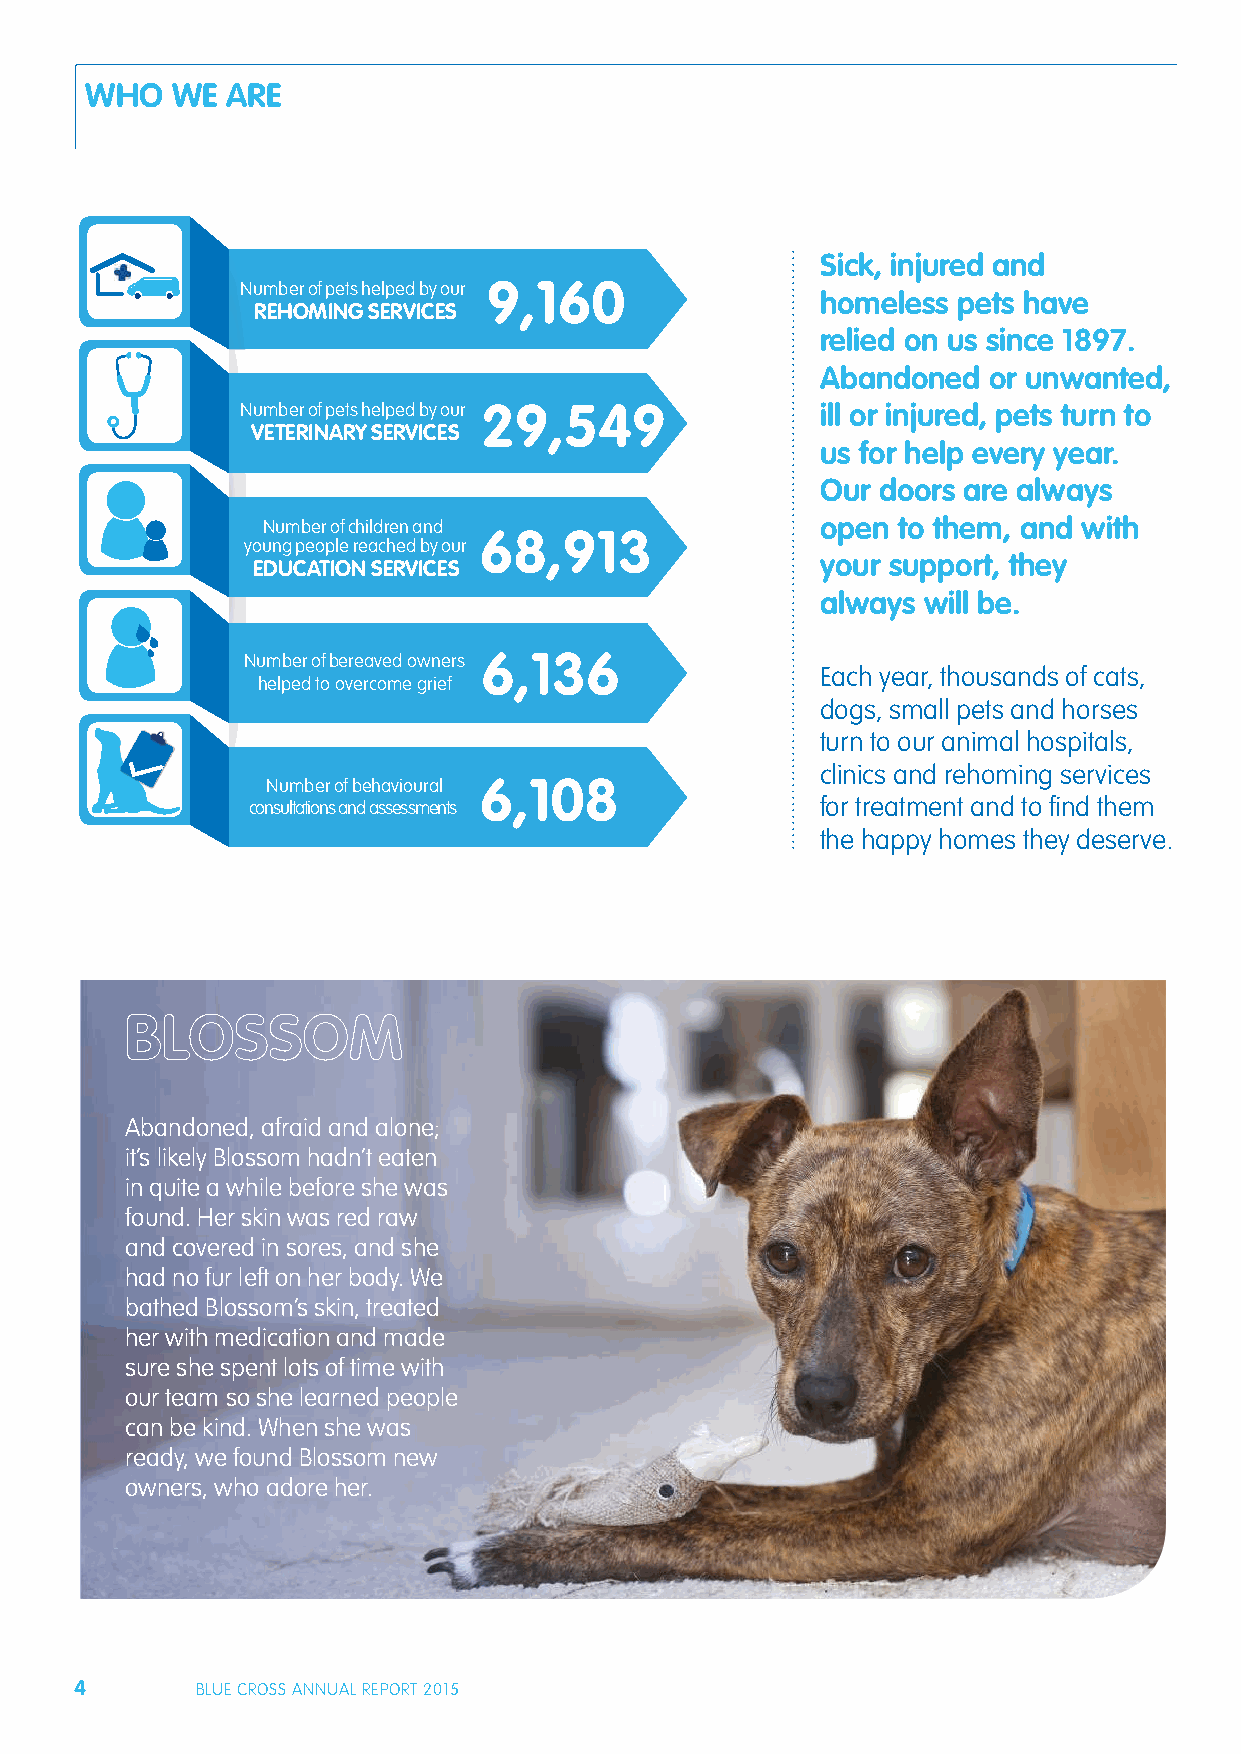
WHO  WE  ARE
 Sick, injured and
 Number of pets helped by our 9,160
 homeless pets have
 REHOMING SERVICES
 relied on us since 1897.
 Abandoned  or unwanted,
 Number of pets helped by our 29,549   ill or injured, pets turn to
 VETERINARY SERVICES
 us for help every year.
 Our doors are always
 Number of children and               open to them, and with
 68,913
 young people reached by our
 your support, they
 EDUCATION SERVICES
 always will be.
 Number of bereaved owners 6,136
 Each year, thousands of cats,
 helped to overcome grief
 dogs, small pets and horses
 turn to our animal hospitals,
 clinics and rehoming services
 Number of behavioural 6,108
 consultations and assessments         for treatment and to fi nd them
 the happy homes they deserve.
 Abandoned, afraid and alone;
 it’s likely Blossom hadn’t eaten
 in quite a while before she was
 found. Her skin was red raw
 and covered in sores, and she
 had no fur left on her body. We
 bathed Blossom’s skin, treated
 her with medication and made
 sure she spent lots of time with
 our team so she learned people
 can be kind. When she was
 ready, we found Blossom new
 owners, who adore her.
 4       BLUE CROSS ANNUAL REPORT 2015